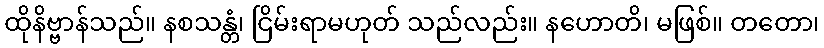
ထိုနိဗ္ဗာန်သည်။ နစသန္တံ၊ ငြိမ်းရာမဟုတ် သည်လည်း။ နဟောတိ၊ မဖြစ်။ တတော၊